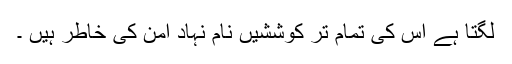
لگتا ہے اس کی تمام تر کوششیں نام نہاد امن کی خاطر ہیں ۔